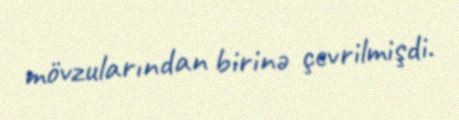
mövzularından birinə çevrilmişdi.